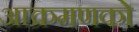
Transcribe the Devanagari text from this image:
आक्रमणको